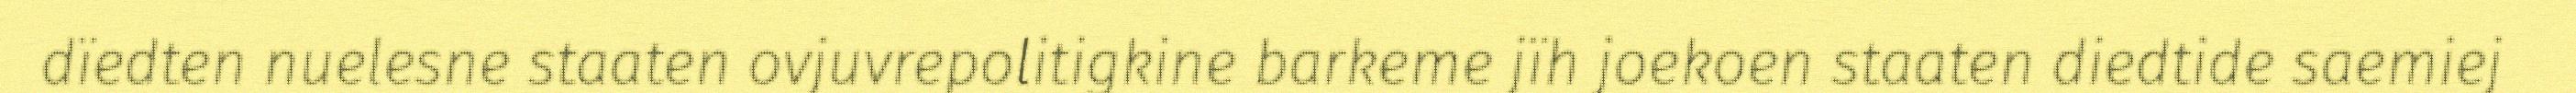
dïedten nuelesne staaten ovjuvrepolitigkine barkeme jïh joekoen staaten diedtide saemiej